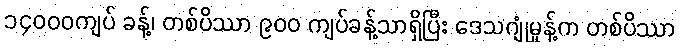
၁၄၀၀၀ကျပ် ခန့်၊ တစ်ပိဿာ ၉၀၀ ကျပ်ခန့်သာရှိပြီး ဒေသဂျုံမှုန့်က တစ်ပိဿာ